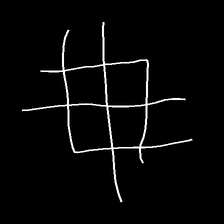
Glyph: crystal